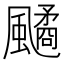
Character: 𩘻